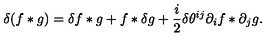
\delta ( f \ast g ) = \delta f \ast g + f \ast \delta g + \frac { i } { 2 } \delta \theta ^ { i j } \partial _ { i } f \ast \partial _ { j } g .